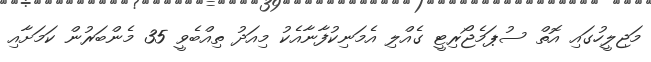
މަޖިލީހުގައި އޮތް ސުޕަމެޖޯރިޓީ ގެއްލި އެމަނިކުފާނާއެކު މިއަދު ތިއްބެވީ 35 މެންބަރުން ކަމަށާއި